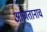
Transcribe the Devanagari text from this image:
आणतानाच